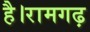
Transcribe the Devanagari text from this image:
है।रामगढ़